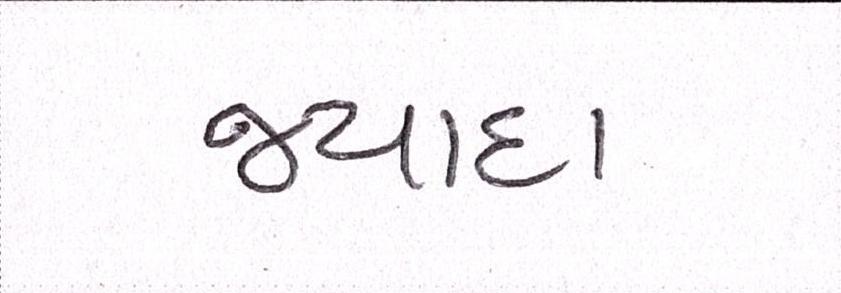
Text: જ્યાદા